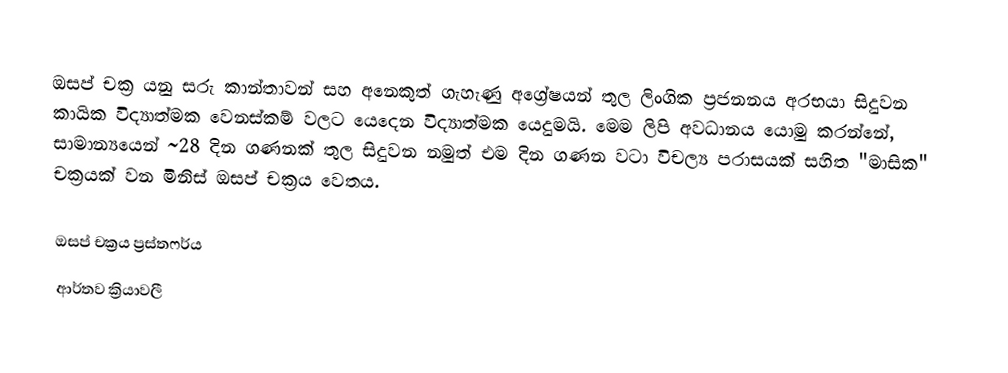
ඔසප් චක්‍ර යනු සරු කාන්තාවන් සහ අනෙකුත් ගැහැණු අග්‍රේෂයන් තුල ලිංගික ප්‍රජනනය අරභයා සිදුවන කායික විද්‍යාත්මක වෙනස්කම් වලට යෙදෙන විද්‍යාත්මක යෙදුමයි. මෙම ලිපි අවධානය යොමු කරන්නේ, සාමාන්‍යයෙන්  ~28 දින ගණනක්  තුල සිදුවන නමුත් එම දින ගණන වටා විචල්‍ය පරාසයක් සහිත "මාසික" චක්‍රයක් වන මිනිස් ඔසප් චක්‍රය වෙතය.

ඔසප් චක්‍රය ප්‍රස්තෆර්ය
ආර්තව ක්‍රියාවලී